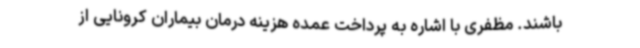
باشند. مظفری با اشاره به پرداخت عمده هزینه درمان بیماران کرونایی از